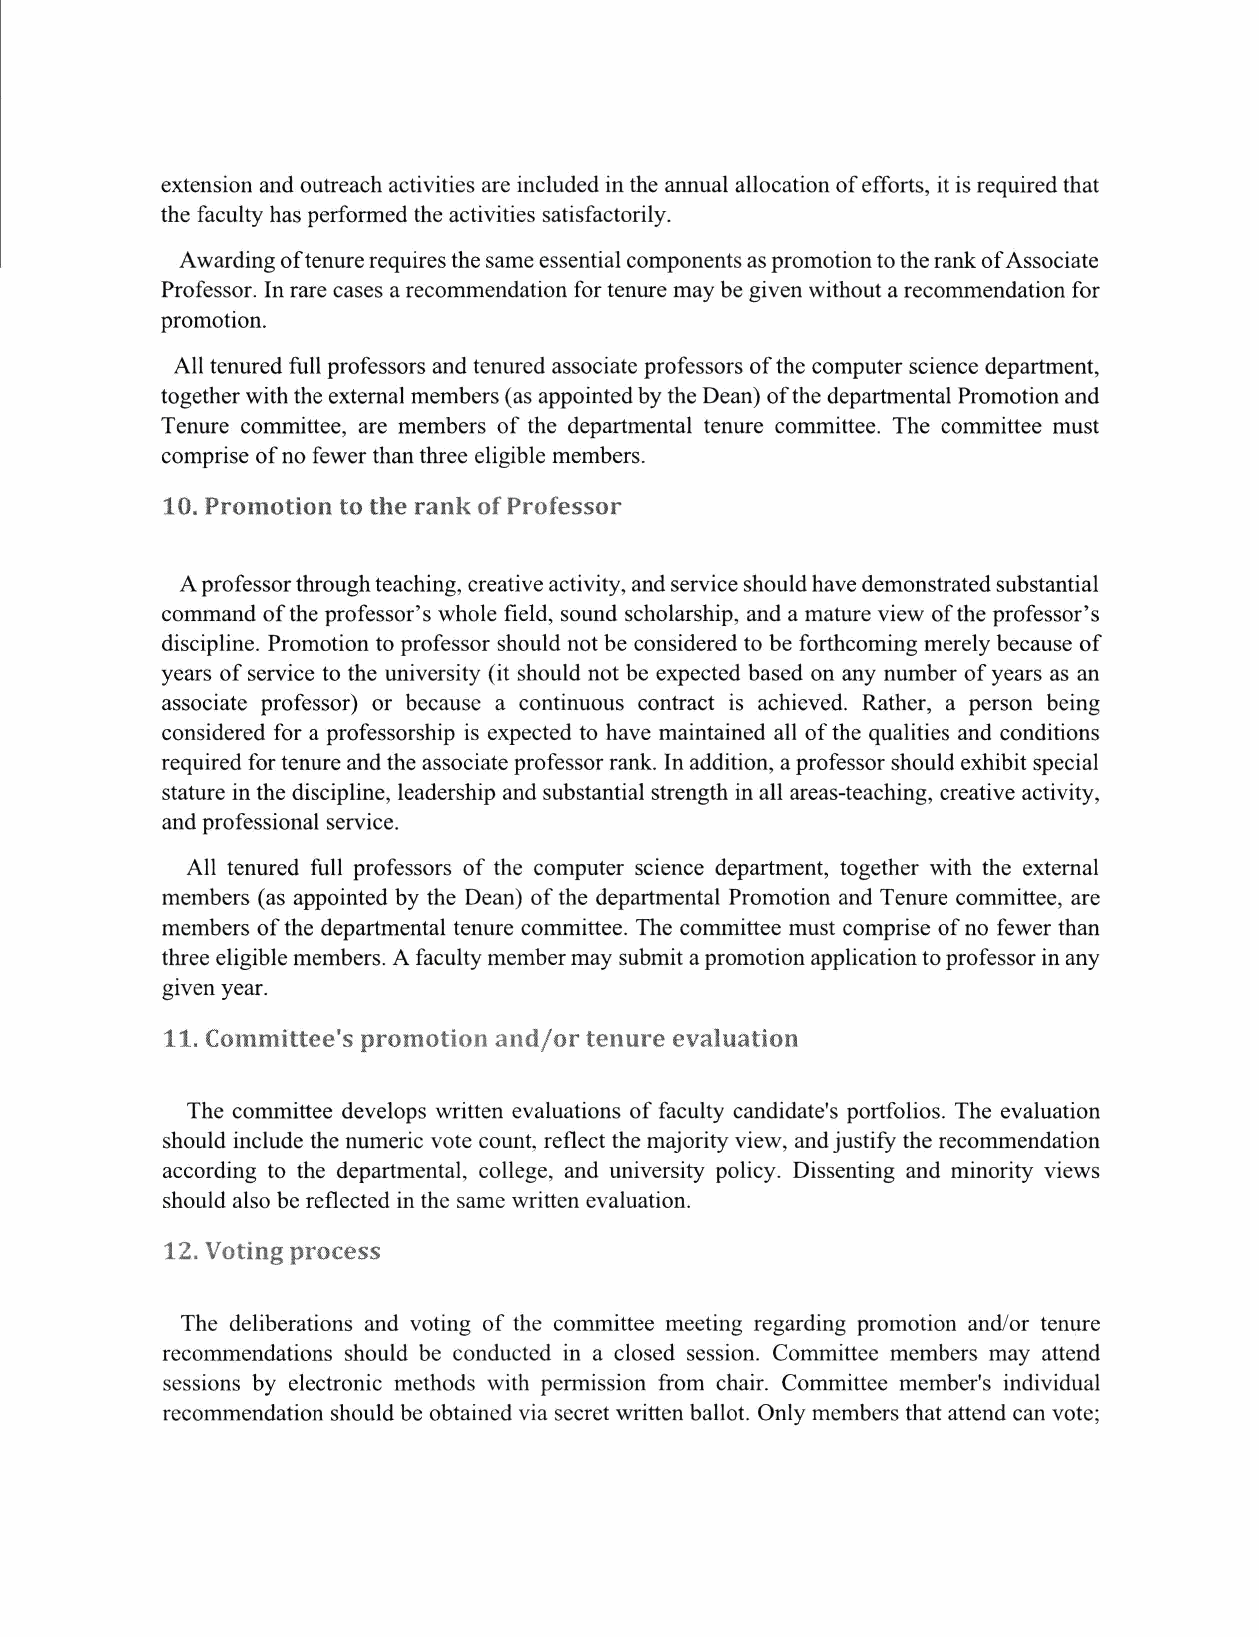
extension and outreach activities are included in the annual allocation of efforts, it is required that
 the faculty has performed the activities satisfactorily.
 Awarding of tenure requires the same essential components as promotion to the rank of Associate
 Professor. In rare cases a recommendation for tenure may be given without a recommendation for
 promotion.
 All tenured full professors and tenured associate professors of the computer science department,
 together with the external members (as appointed by the Dean) of the departmental Promotion and
 Tenure committee, are members of the departmental tenure committee. The committee must
 comprise of no fewer than three eligible members.
 10. Promotion to the rank of Professor
 A professor through teaching, creative activity, and service should have demonstrated substantial
 command of the professor's whole field, sound scholarship, and a mature view of the professor's
 discipline. Promotion to professor should not be considered to be forthcoming merely because of
 years of service to the university (it should not be expected based on any number of years as an
 associate professor) or because a continuous contract is achieved. Rather, a person being
 considered for a professorship is expected to have maintained all of the qualities and conditions
 required for tenure and the associate professor rank. In addition, a professor should exhibit special
 stature in the discipline, leadership and substantial strength in all areas-teaching, creative activity,
 and professional service.
 All tenured full professors of the computer science department, together with the external
 members (as appointed by the Dean) of the departmental Promotion and Tenure committee, are
 members of the departmental tenure committee. The committee must comprise of no fewer than
 three eligible members. A faculty member may submit a promotion application to professor in any
 given year.
 11. Committee's promotion and/or tenure evaluation
 The committee develops written evaluations of faculty candidate's portfolios. The evaluation
 should include the numeric vote count, reflect the majority view, and justify the recommendation
 according to the departmental, college, and university policy. Dissenting and minority views
 should also be reflected in the same written evaluation.
 12. Voting process
 The deliberations and voting of the committee meeting regarding promotion and/or tenure
 recommendations should be conducted in a closed session. Committee members may attend
 sessions by electronic methods with permission from chair. Committee member's individual
 recommendation should be obtained via secret written ballot. Only members that attend can vote;